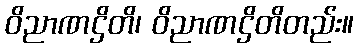
ဝိညာဏဌိတိ၊ ဝိညာဏဌိတိတည်း။